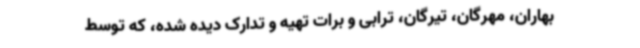
بهاران، مهرگان، تیرگان، ترابی و برات تهیه و تدارک دیده شده، که توسط